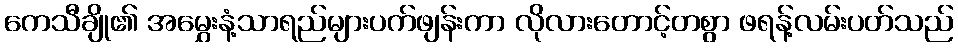
ကေသီချို၏ အမွှေးနံ့သာရည်များပက်ဖျန်းကာ လိုလားတောင့်တစွာ ဖရန့်လမ်းပတ်သည်